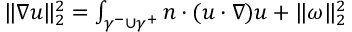
\begin{array} { r } { \| \nabla u \| _ { 2 } ^ { 2 } = \int _ { \gamma ^ { - } \cup \gamma ^ { + } } n \cdot ( u \cdot \nabla ) u + \| \omega \| _ { 2 } ^ { 2 } } \end{array}